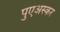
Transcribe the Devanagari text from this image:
पुएअस्कर